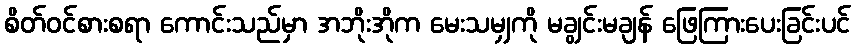
စိတ်ဝင်စားစရာ ကောင်းသည်မှာ အဘိုးအိုက မေးသမျှကို မချွင်းမချန် ဖြေကြားပေးခြင်းပင်